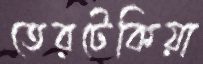
তেরটেকিয়া